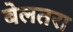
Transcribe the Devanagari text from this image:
बेलतरा